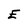
Character: E